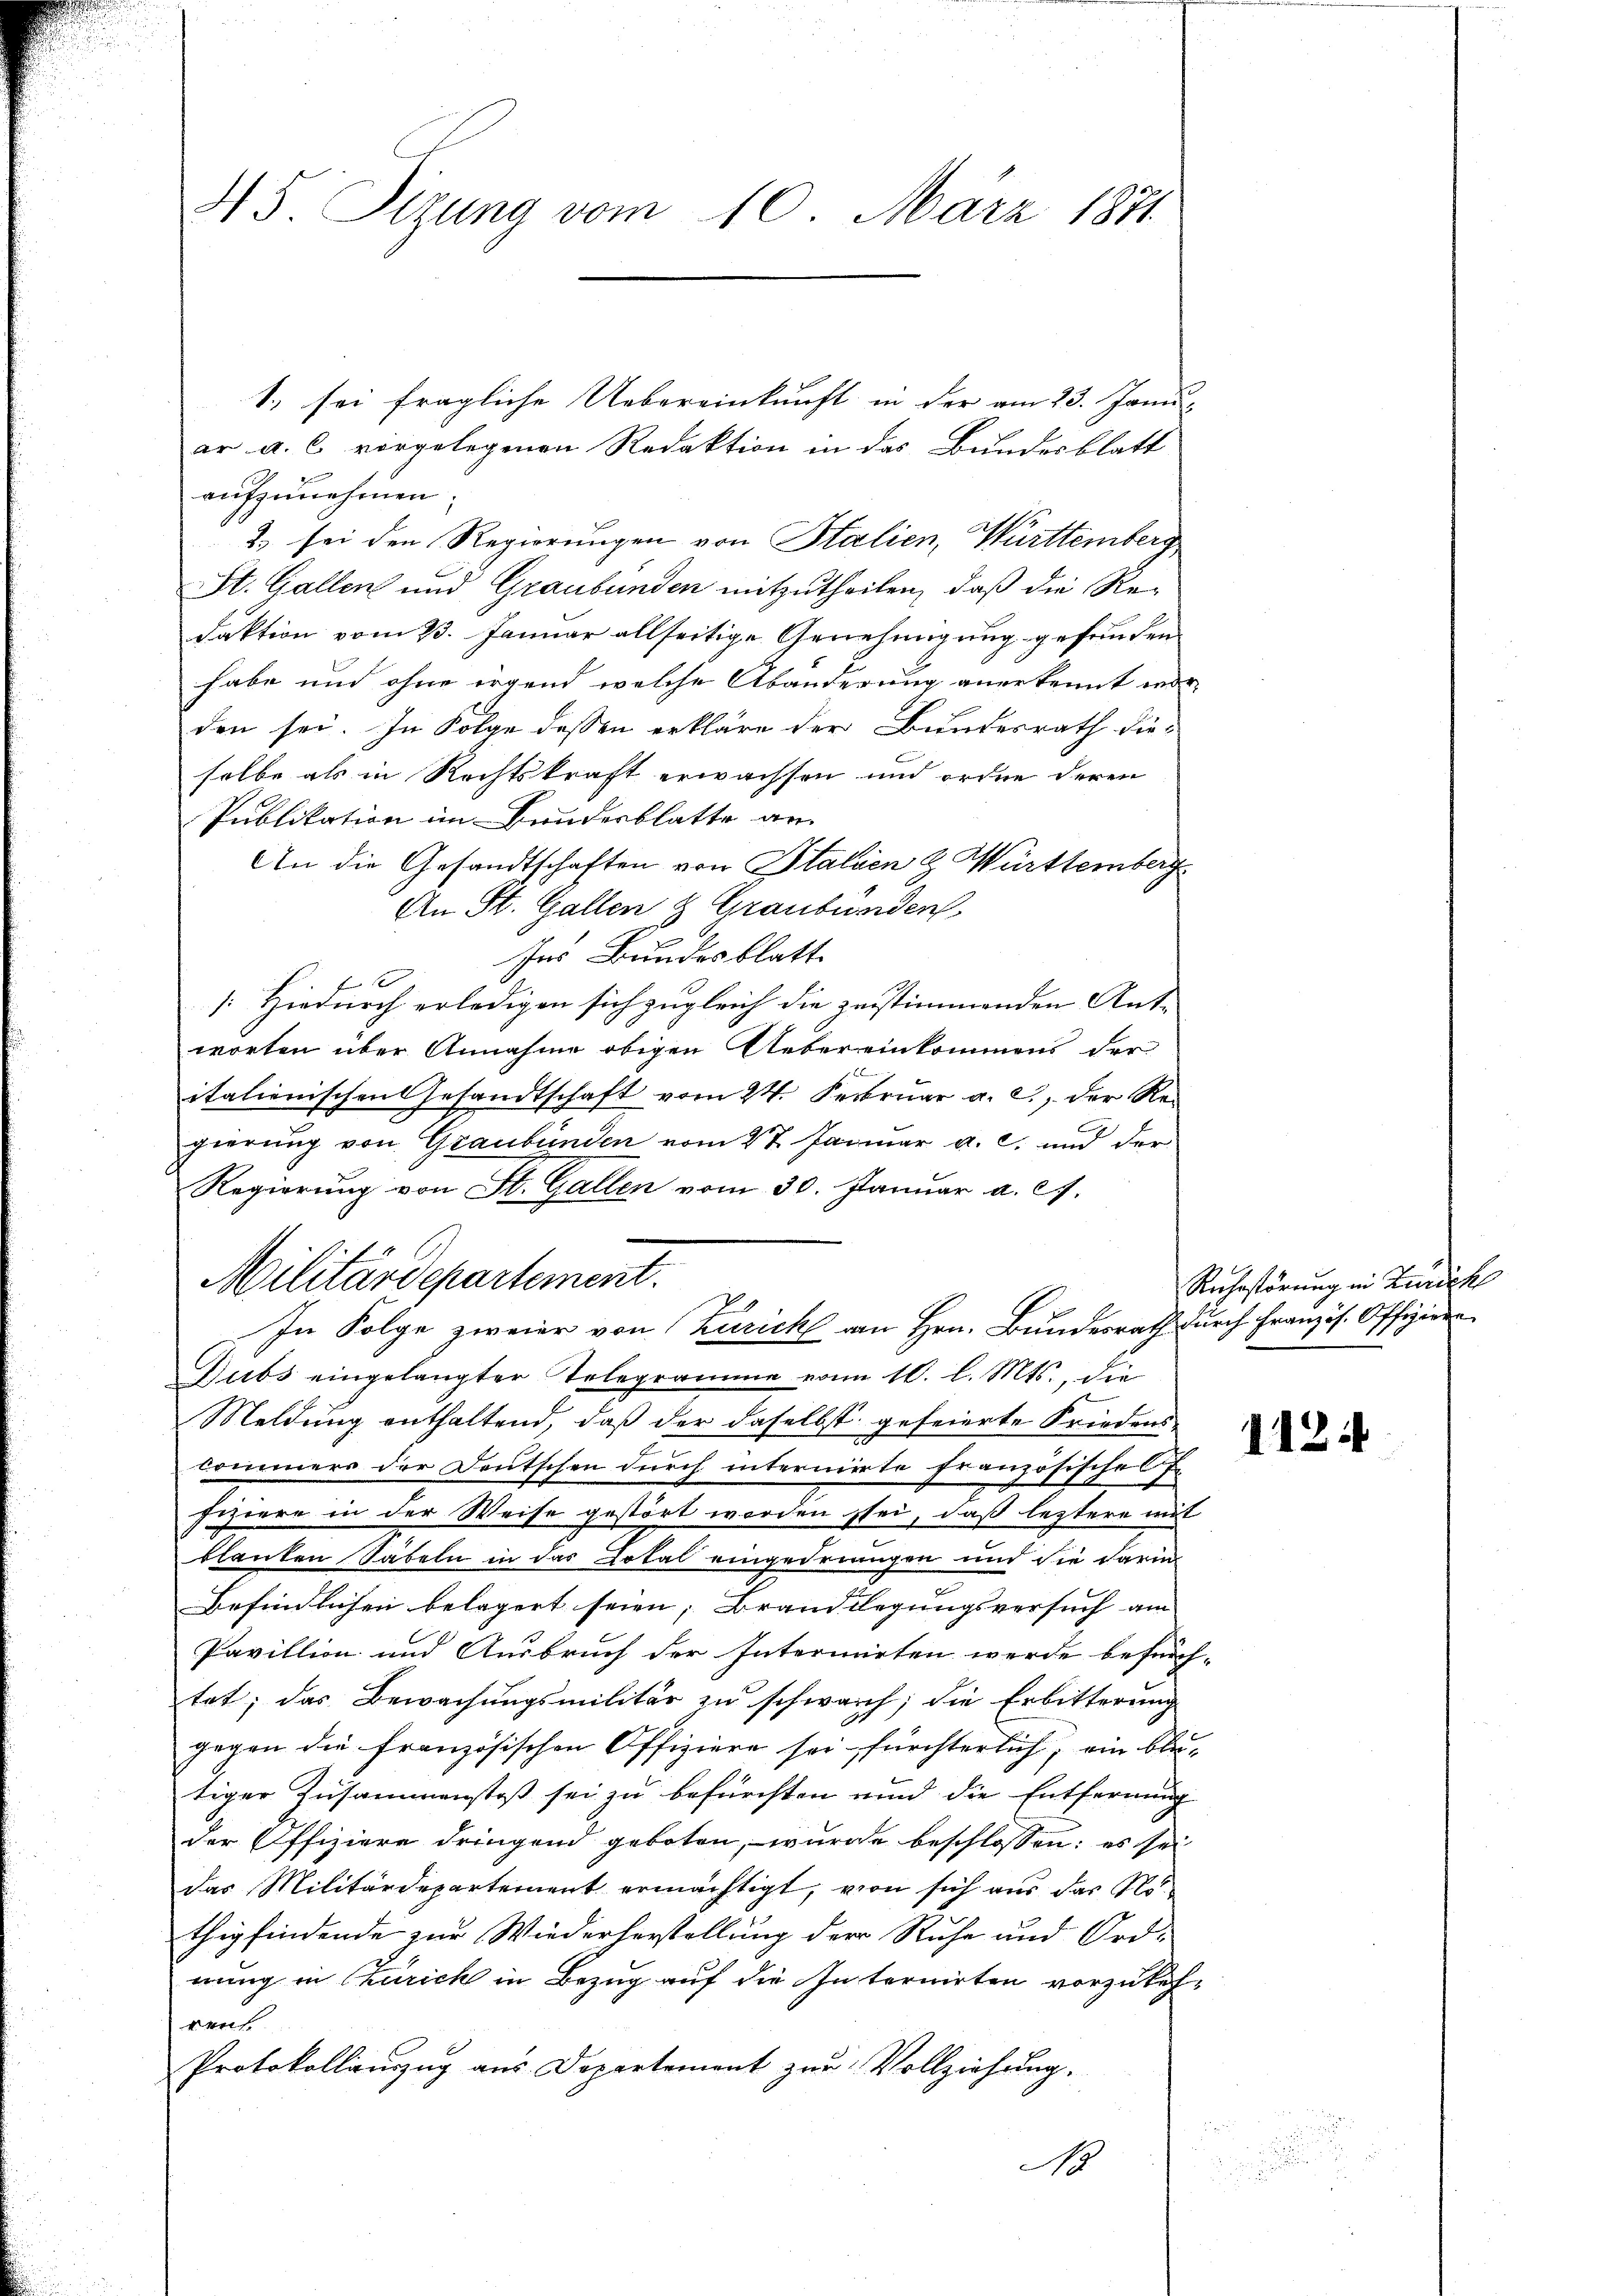
45 Sizung vom 10. März 1871.

1., sei fragliche Uebereinkunft in der am 23. Janu
ar a. c. vorgelegenen Redaktion in das Bundesblatt
aufzunehmen.
2. sei den Regierungen von Stalien, Württemberg
St. Gallen und Graubünden mitzutheilen, daß die Re-
Faktion vom 23. Januar allseitige Genehmigung gefunden
habe und ohne irgend welche Abänderung anerkennt wor-
den sei. In Folge dessen erkläre der Bundesrath dieselbe als in Rechtskraft erwachsen und ordne deren
Publikation im Bundesblatte an
An die Gesandtschaften von Italien & Württemberg
An St. Gallen & Graubünden
Ins Bundesblatt.
f 2
[: Hiedurch erledigen sich zugleich die zustimmenden Ant-
worten über Annahme obigen Uebereinkommens der
italienischen Gesandtschaft vom 24. Februar a. c., der Regierung von Graubünden vom 27. Januar a. c. und der
Regierung von St. Gallen vom 30. Januar a. c.
Dubs eingelangter Telegramme vom 10. l. Mts., die
Meldung enthaltend, daß der daselbst gefeierte Friedenskommers der Deutschen durch internirte Französisches E.
fiziere in der Weise gestört worden sei, daß leztere mit
blanken Säbeln in das Dotal eingedrungen und die darin
Befindlichen belegert seien, Brandlegungsversuch am
Pavillion und Ausbruch der Intermieten werde befürch-
tet; das Bewachungsmilitär zu schwarch; die Erbitterung
gegen die französischen Offiziere sei, fürchterlich, ein bleitiger Zusammenstoß sei zu befürchten und die Entfernung
der Offiziere dringend geboten, wurde beschlossen: es sei
das Militärdepartement ermächtigt, von sich aus das Nothig findende zur Wiederherstellung der Ruhe und Ord-
nung in Zürich in Bezug auf die Internirten vorzukeh-
rent
Protokollauszug aus Departement zur Vollziehung.
55
N

Militärdepartement.
In Folge zweier von Zürich an Hrn. Bundesrath durch Französ. Offizier

Ruhestörung in Zürich

1124